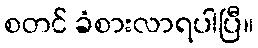
စတင် ခံစားလာရပါပြီ။